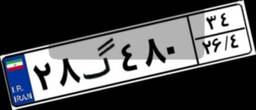
۲۸گ۴۸۰۳۴